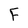
Character: F